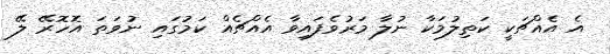
އެ އެއްޗަކީ ކަތިލުމަކާ ނުލާ މަރުވެފައިވާ އެއްޗެއް ކަމުގައި ނުވަތަ އޮހޮރޭ ލޭ